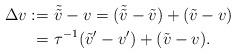
LaTeX: \begin{align*}\Delta v :=&\ \tilde{\tilde{v}} - v=(\tilde{\tilde{v}} -\tilde{v})+(\tilde{v}- v)\\ =&\ \tau^{-1}(\tilde{v}'-v') + (\tilde{v}-v). \end{align*}